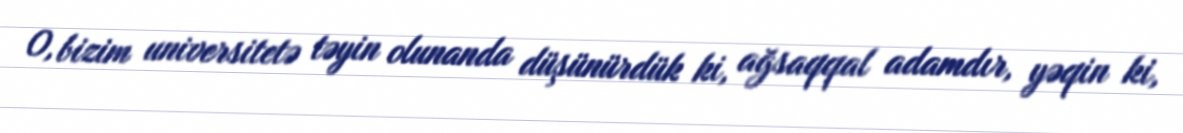
O, bizim universitetə təyin olunanda düşünürdük ki, ağsaqqal adamdır, yəqin ki,